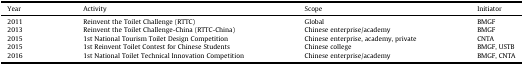
<table><thead><tr><td><b>Year</b></td><td><b>Activity</b></td><td><b>Scope</b></td><td><b>Initiator</b></td></tr></thead><tbody><tr><td>2011</td><td>Reinvent the Toilet Challenge (RTTC)</td><td>Global</td><td>BMGF</td></tr><tr><td>2013</td><td>Reinvent the Toilet Challenge-China (RTTC-China)</td><td>Chinese enterprise/academy</td><td>BMGF</td></tr><tr><td>2015</td><td>1st National Tourism Toilet Design Competition</td><td>Chinese enterprise, academy, private</td><td>CNTA</td></tr><tr><td>2015</td><td>1st Reinvent Toilet Contest for Chinese Students</td><td>Chinese college</td><td>BMGF, USTB</td></tr><tr><td>2016</td><td>1st National Toilet Technical Innovation Competition</td><td>Chinese enterprise/academy</td><td>BMGF, CNTA</td></tr></tbody></table>